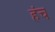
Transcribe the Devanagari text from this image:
हंच